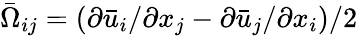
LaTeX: \bar{\Omega}_{ij}=\left(\partial\bar{u}_{i}/\partial x_{j}-\partial\bar{u}_{j}/\partial x_{i}\right)/2